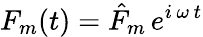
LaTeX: F_{m}(t)=\hat{F}_{m}\, e^{i\, \omega\, t}